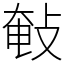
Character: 㪑